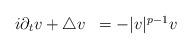
LaTeX: \begin{align*}\begin{array}{ll}i \partial_{t} v + \triangle v & = -|v|^{p-1} v\end{array}\end{align*}